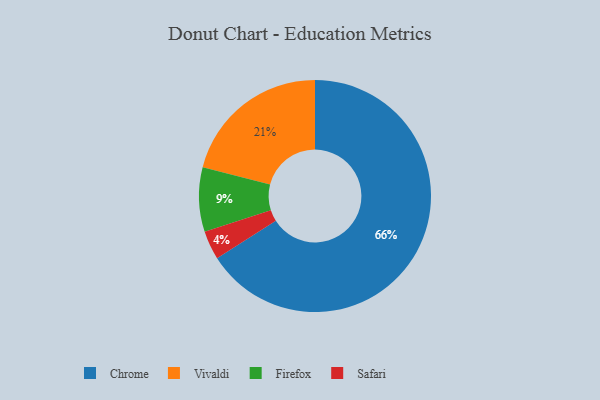
{"axis": {"x": "Category", "y": "Percentage"}, "legend": ["Chrome", "Firefox", "Safari", "Vivaldi"], "data": [{"x": "Safari", "y": 4, "type": "Safari"}, {"x": "Chrome", "y": 66, "type": "Chrome"}, {"x": "Vivaldi", "y": 21, "type": "Vivaldi"}, {"x": "Firefox", "y": 9, "type": "Firefox"}]}